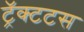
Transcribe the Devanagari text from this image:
ट्रॅक्टटस